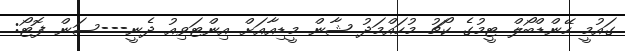
ގައުމީ ހޭންޑްބޯލް ޓީމުގެ ކޯޗު މުހައްމަދު ޝާން މީޑިއާއަށް އިންޓަވިއު ދެނީ---ސަން ފޮޓޯ: